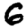
Digit: 6